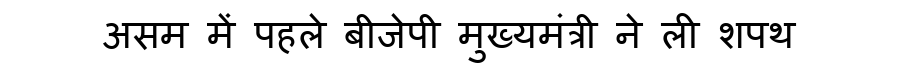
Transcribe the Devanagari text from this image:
असम में पहले बीजेपी मुख्यमंत्री ने ली शपथ